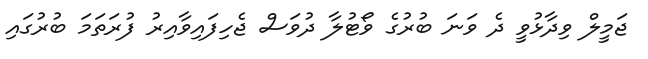
ޖަމީލް ވިދާޅުވީ ދެ ވަނަ ބުރުގެ ވޯޓުލާ ދުވަސް ޖެހިފައިވާއިރު ފުރަތަމަ ބުރުގައި